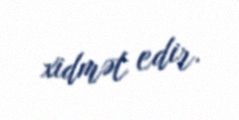
xidmət edir.